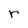
Character: r